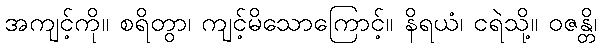
အကျင့်ကို။ စရိတွာ၊ ကျင့်မိသောကြောင့်။ နိရယံ၊ ငရဲသို့။ ဝဇန္တိ၊